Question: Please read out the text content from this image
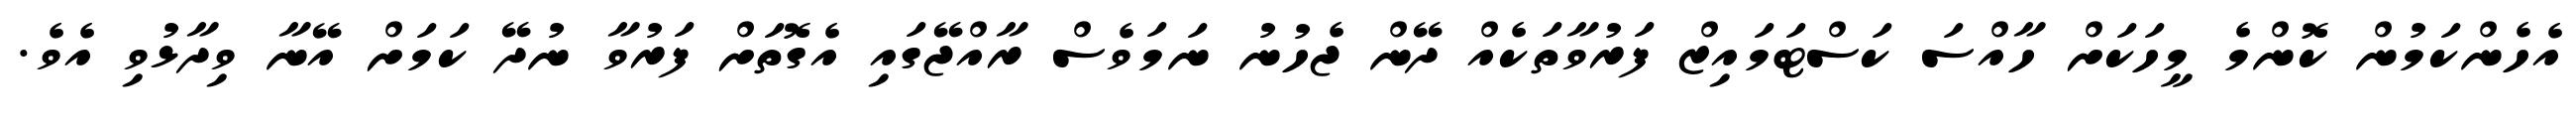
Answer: އެހެންކަމުން ކޮންމެ މީހަކަށް ހާއްސަ ކަސްޓަމައިޒް ފަރުވާތަކެއް ދޭން ޖެހުނު ނަމަވެސް ރާއްޖޭގައި އެގޮތަށް ފަރުވާ ނުދޭ ކަމަށް އޭނާ ވިދާޅުވި އެވެ.